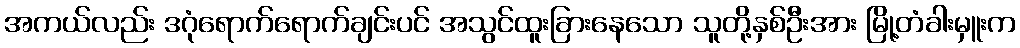
အကယ်လည်း ဒဂုံရောက်ရောက်ချင်းပင် အသွင်ထူးခြားနေသော သူတို့နှစ်ဦးအား မြို့တံခါးမှူးက